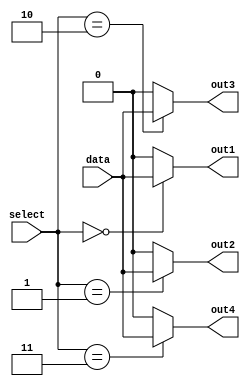
module demux_2to4 (
    input [1:0] select,
    input data,
    output out1,
    output out2,
    output out3,
    output out4
);

assign out1 = (select == 2'b00) ? data : 1'b0;
assign out2 = (select == 2'b01) ? data : 1'b0;
assign out3 = (select == 2'b10) ? data : 1'b0;
assign out4 = (select == 2'b11) ? data : 1'b0;

endmodule